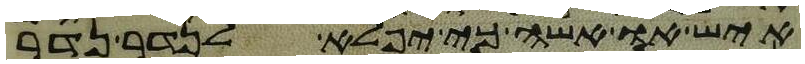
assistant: איש או אשה כי יפלא לנדר נדר